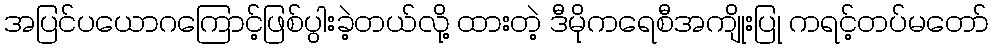
အပြင်ပယောဂကြောင့်ဖြစ်ပွါးခဲ့တယ်လို့ ထားတဲ့ ဒီမိုကရေစီအကျိုးပြု ကရင့်တပ်မတော်